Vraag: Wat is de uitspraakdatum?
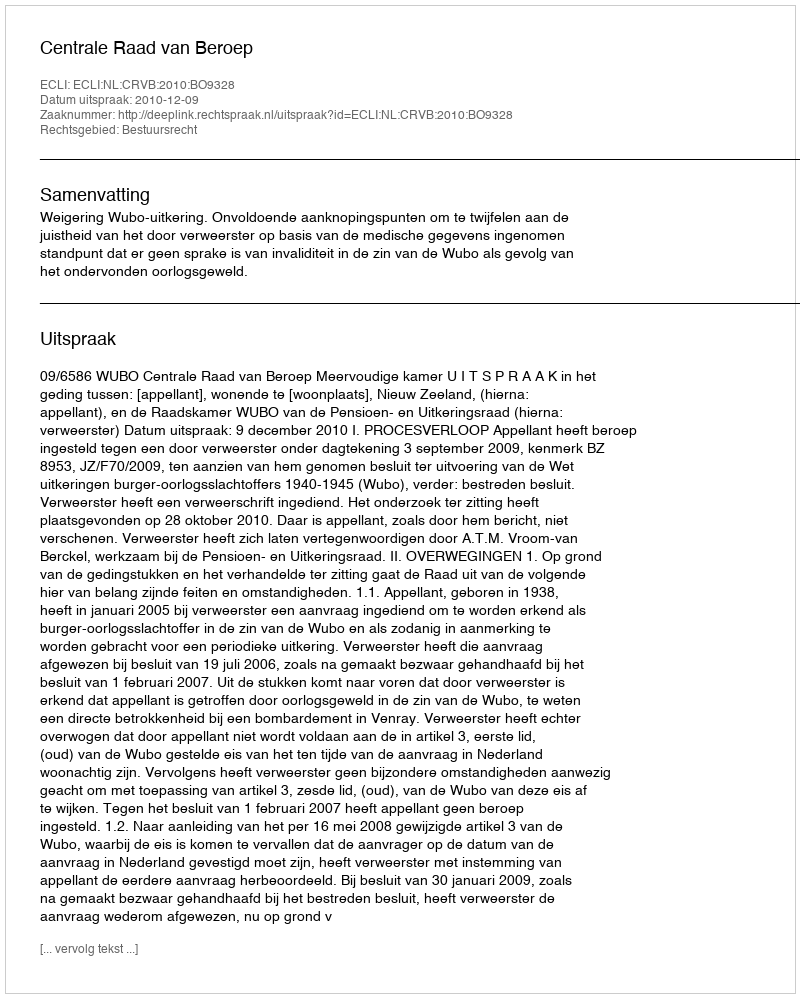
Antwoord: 2010-12-09